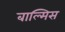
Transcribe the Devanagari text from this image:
बाल्मिस